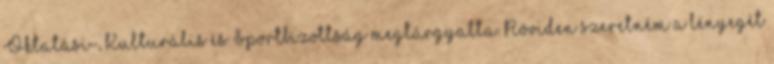
Oktatási-, Kulturális és Sportbizottság megtárgyalta. Röviden szeretném a lényegét